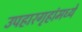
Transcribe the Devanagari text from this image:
उपहारगृहांमध्ये